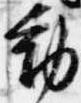
動